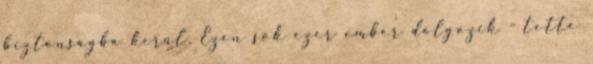
biztonságba kerül. Ezen sok ezer ember dolgozik - tette